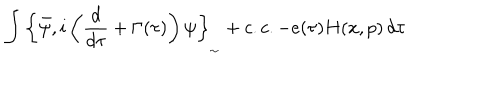
\int _ { } ^ { } { \left\{ \bar { \psi } , i \left( \frac { d } { d \tau } + \Gamma ( \tau ) \right) \psi \right\} _ { _ { \sim } } + c . c . - e ( \tau ) H ( x , p ) \, d \tau }